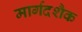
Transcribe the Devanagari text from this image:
मार्गदशैक